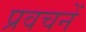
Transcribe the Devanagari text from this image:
प्रवचनें